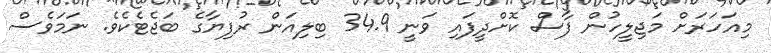
މިއަހަރަށް މަޖިލީހުން ފާސް ކޮށްދީފައި ވަނީ 34.9 ބިލިއަން ރުފިޔާގެ ބަޖެޓެކެވެ. ނަމަަވެސް